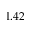
1 . 4 2